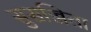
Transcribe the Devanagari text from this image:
सुसज्जिता